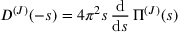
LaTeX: D ^ { ( J ) } ( - s ) = 4 \pi ^ { 2 } s \, { \frac { \mathrm { d } } { \mathrm { d } s } } \, \Pi ^ { ( J ) } ( s )